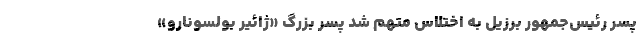
پسر رئیس‌جمهور برزیل به اختلاس متهم شد پسر بزرگ «ژائیر بولسونارو»